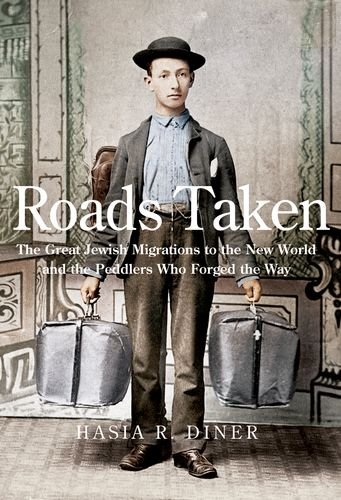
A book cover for Roads Taken: The Great Jewish Migrations to the New World and the Peddlers Who Forged the Way; Hasia R. Diner; Business & Money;